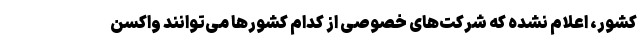
کشور، اعلام نشده که شرکت‌های خصوصی از کدام کشورها می‌توانند واکسن